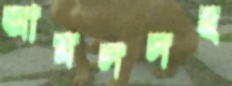
আমলসহ